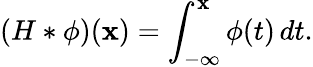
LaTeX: (H\ast\phi)(\mathbf{x})=\int_{-\infty}^{\mathbf{x}}\phi(t)\, dt.